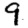
Digit: 9